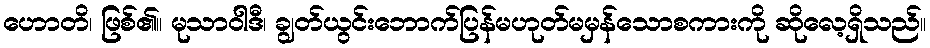
ဟောတိ၊ ဖြစ်၏။ မုသာဝါဒီ၊ ချွတ်ယွင်းဘောက်ပြန်မဟုတ်မမှန်သောစကားကို ဆိုလေ့ရှိသည်။